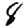
Digit: 8